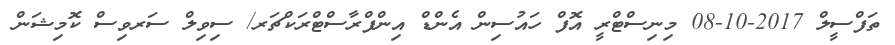
ތަފްސީލް 2017-10-08 މިނިސްޓްރީ އޮފް ހައުސިން އެންޑް އިންފްރާސްޓްރަކްޗަރ/ ސިވިލް ސަރވިސް ކޮމިޝަން